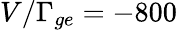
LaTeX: V/\Gamma_{ge}=-800